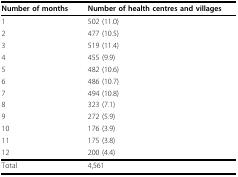
<table><thead><tr><td><b>Number of months</b></td><td><b>Number of health centres and villages</b></td></tr></thead><tbody><tr><td>1</td><td>502 (11.0)</td></tr><tr><td>2</td><td>477 (10.5)</td></tr><tr><td>3</td><td>519 (11.4)</td></tr><tr><td>4</td><td>455 (9.9)</td></tr><tr><td>5</td><td>482 (10.6)</td></tr><tr><td>6</td><td>486 (10.7)</td></tr><tr><td>7</td><td>494 (10.8)</td></tr><tr><td>8</td><td>323 (7.1)</td></tr><tr><td>9</td><td>272 (5.9)</td></tr><tr><td>10</td><td>176 (3.9)</td></tr><tr><td>11</td><td>175 (3.8)</td></tr><tr><td>12</td><td>200 (4.4)</td></tr><tr><td>Total</td><td>4,561</td></tr></tbody></table>